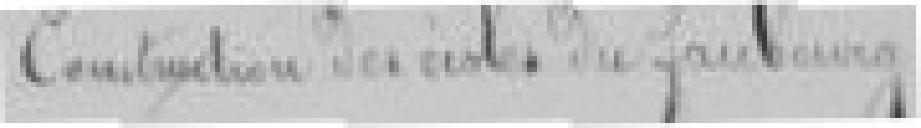
Construction des écoles du faubourg